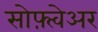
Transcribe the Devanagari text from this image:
सोफ़्त्वेअर